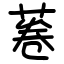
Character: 菤